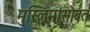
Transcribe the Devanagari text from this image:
मुस्लिमांसोबत